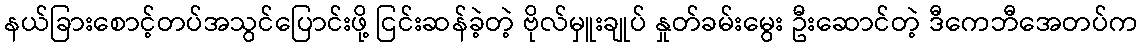
နယ်ခြားစောင့်တပ်အသွင်ပြောင်းဖို့ ငြင်းဆန်ခဲ့တဲ့ ဗိုလ်မှူးချုပ် နှုတ်ခမ်းမွေး ဦးဆောင်တဲ့ ဒီကေဘီအေတပ်က